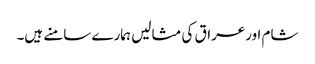
شام اورعراق کی مثالیں ہمارے سامنے ہیں۔